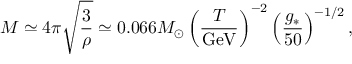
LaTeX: M \simeq 4 \pi \sqrt { \frac { 3 } { \rho } } \simeq 0 . 0 6 6 M _ { \odot } \left( \frac { T } { \mathrm { G e V } } \right) ^ { - 2 } \left( \frac { g _ { * } } { 5 0 } \right) ^ { { - 1 / 2 } } ,